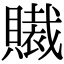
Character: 𧸄